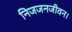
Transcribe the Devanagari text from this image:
निजजनजीवन।